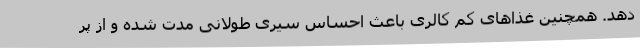
دهد. همچنین غذاهای کم کالری باعث احساس سیری طولانی مدت شده و از پر